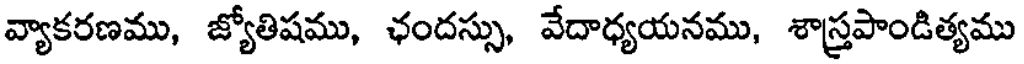
వ్యాకరణము, జ్యోతిషము, ఛందస్సు, వేదాధ్యయనము, శాస్త్రపాండిత్యము